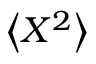
\left< X ^ { 2 } \right>